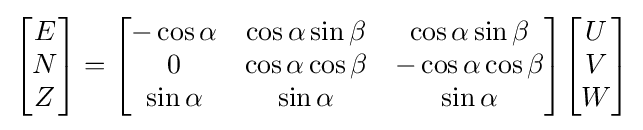
{\begin{bmatrix}E\\N\\Z\end{bmatrix}}={\begin{bmatrix}-\cos \alpha &\cos \alpha \sin \beta &\cos \alpha \sin \beta \\0&\cos \alpha \cos \beta &-\cos \alpha \cos \beta \\\sin \alpha &\sin \alpha &\sin \alpha \end{bmatrix}}{\begin{bmatrix}U\\V\\W\end{bmatrix}}